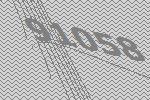
91058